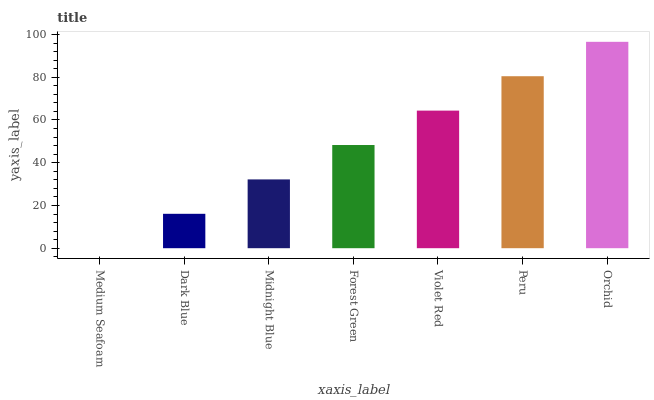
| xaxis_label | bars |
 | --- | --- |
 | Medium Seafoam | 0 |
 | Dark Blue | 16.1 |
 | Midnight Blue | 32.2 |
 | Forest Green | 48.3 |
 | Violet Red | 64.4 |
 | Peru | 80.5 |
 | Orchid | 96.6 |